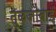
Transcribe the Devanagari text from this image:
तुळजाबाई